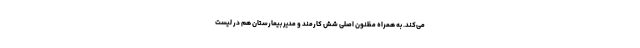
می‌کند. به همراه مظنون اصلی شش کارمند و مدیر بیمارستان هم در لیست